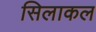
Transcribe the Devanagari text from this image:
सिलाकल